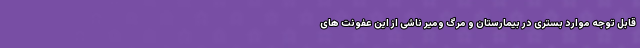
قابل توجه موارد بستری در بیمارستان و مرگ ومیر ناشی از این عفونت های